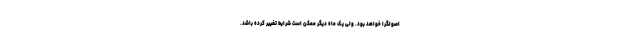
اصولگرا خواهد بود. ولی یک ماه دیگر ممکن است شرایط تغییر کرده باشد.